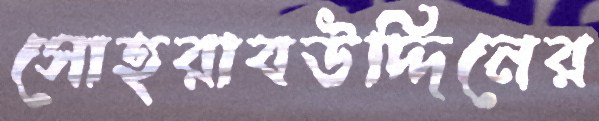
সোহরাবউদ্দিনের